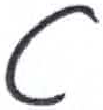
אות: ט